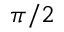
\pi / 2